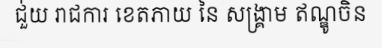
ជួ់យ រាជការ ខេតភាយ នៃ សង្គ្រាម ឥណ្ឌូចិន